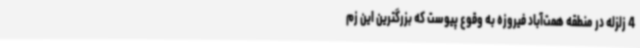
4 زلزله در منطقه همت‌آباد فیروزه به وقوع پیوست که بزرگترین این زم